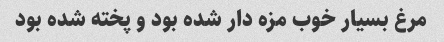
مرغ بسیار خوب مزه دار شده بود و پخته شده بود